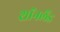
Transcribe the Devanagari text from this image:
शॉनलैंड